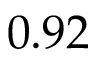
0 . 9 2